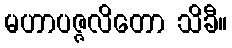
မဟာပဇ္ဇလိတော သိခီ။